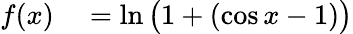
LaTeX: \begin{array}{rl}{f(x)}&{{}=\ln{\bigl(}1+(\cos x-1){\bigr)}}\end{array}